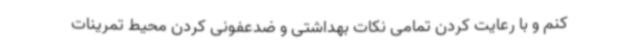
کنم و با رعایت کردن تمامی نکات بهداشتی و ضدعفونی کردن محیط تمرینات